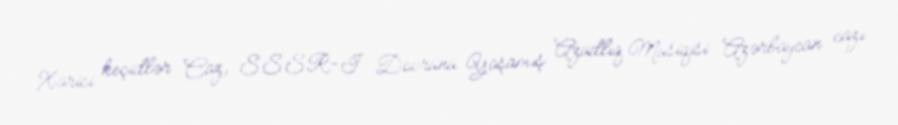
Xarici keçidlər Caz, SSSR-I Dövrünü Yaşamış Azadlıq Musiqisi Azərbaycan cazı